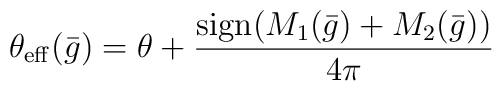
\theta_{\rm eff}({\bar g})= \theta+{\frac{{\rm sign}(M_1({\bar g})+M_2({\bar g}))}{4 \pi}}